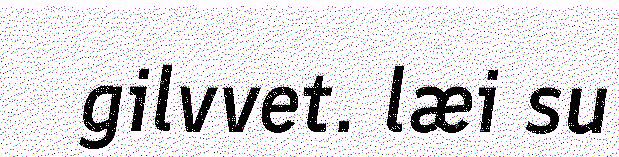
gilvvet. læi su